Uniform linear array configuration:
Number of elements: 12
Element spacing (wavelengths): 0.5
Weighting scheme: blackman
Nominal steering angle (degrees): -30
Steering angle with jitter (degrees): -30.397
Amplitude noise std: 0.05
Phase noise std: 0.05

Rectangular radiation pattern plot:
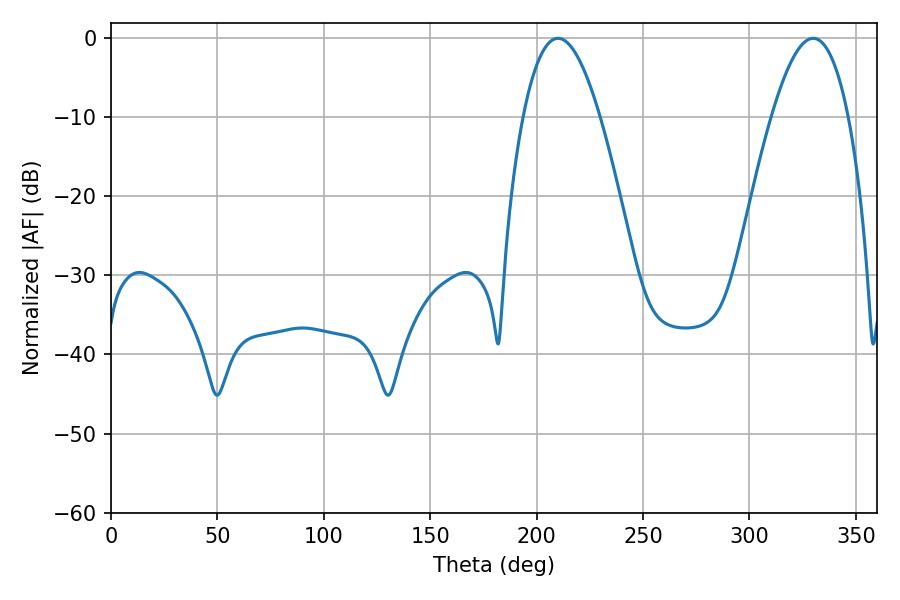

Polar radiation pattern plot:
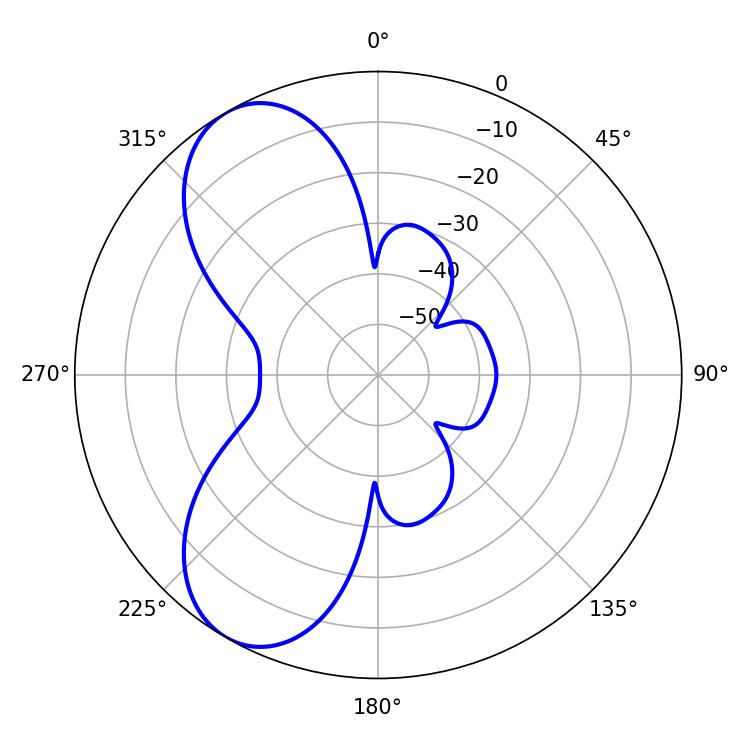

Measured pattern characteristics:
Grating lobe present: FALSE
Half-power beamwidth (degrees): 19.8
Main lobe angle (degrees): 210.06